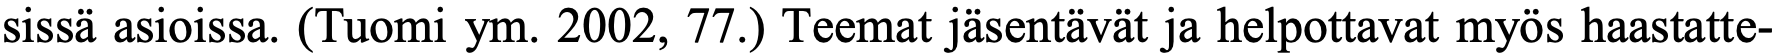
sissä asioissa. (Tuomi ym. 2002, 77.) Teemat jäsentävät ja helpottavat myös haastatte-